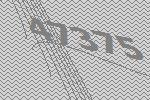
47375